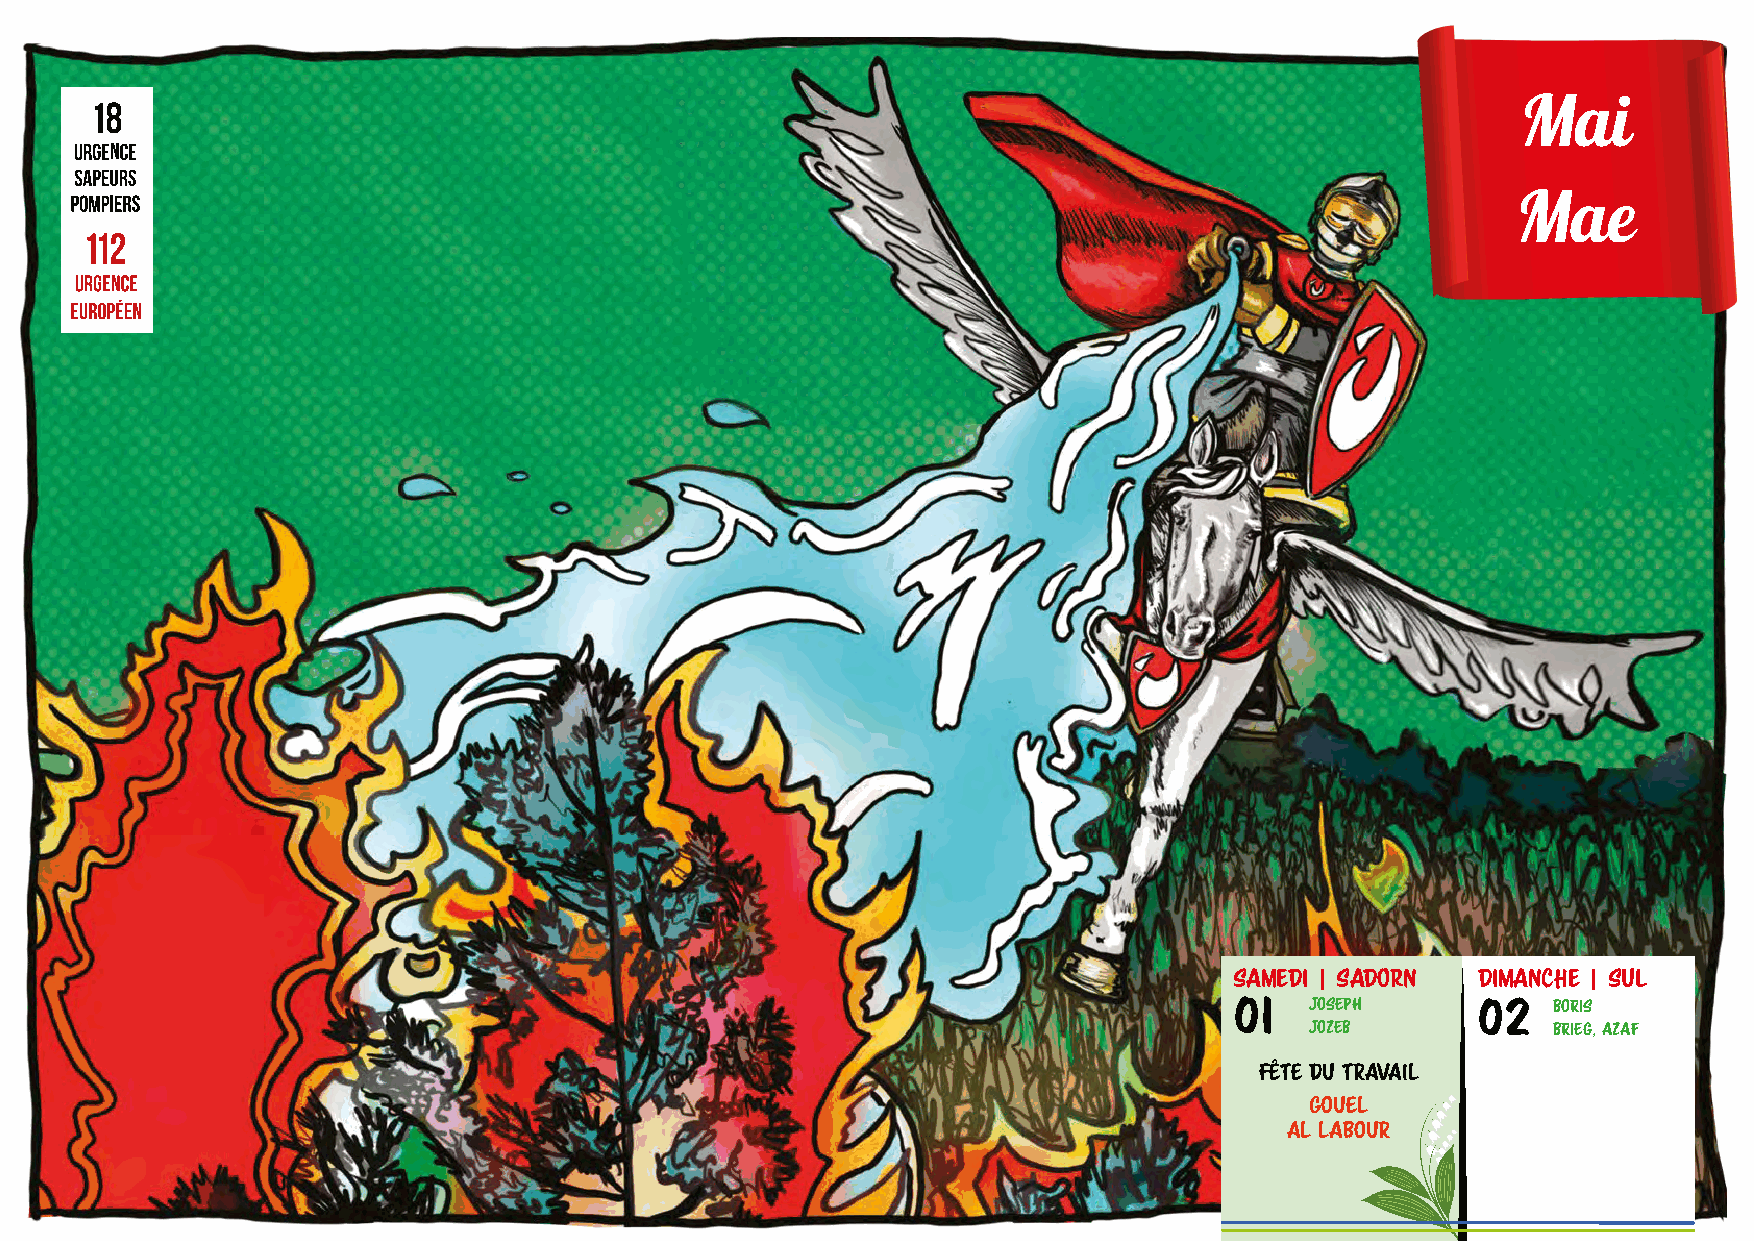
Mai
 Mae
 Samedi | Sadorn Dimanche | Sul
 01   JOSEPH     02   BORIS
 JOZEB           BRIEG, AZAF
 FÊTE DU TRAVAIL
 GOUEL
 AL LABOUR
 08   DÉSIRÉ      09   PACÔME
 GURVAN           GREGOR